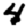
Digit: 4